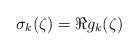
LaTeX: \begin{align*}\sigma_k(\zeta)=\Re g_k(\zeta)\end{align*}